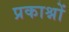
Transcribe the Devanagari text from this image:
प्रकाश्नों